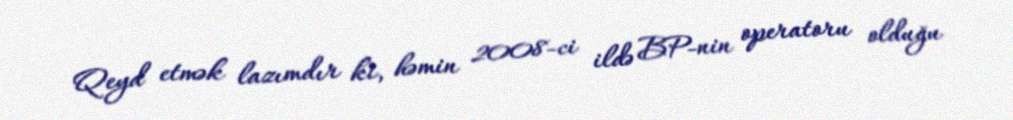
Qeyd etmək lazımdır ki, həmin 2008-ci ildə BP-nin operatoru olduğu